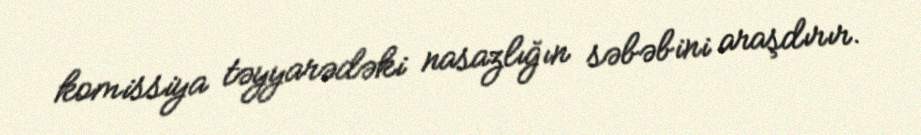
komissiya təyyarədəki nasazlığın səbəbini araşdırır.